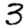
Digit: 3